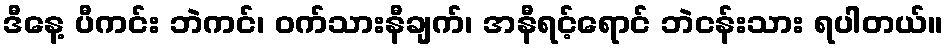
ဒီနေ့ ပီကင်း ဘဲကင်၊ ဝက်သားနီချက်၊ အနီရင့်ရောင် ဘဲငန်းသား ရပါတယ်။